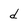
Character: d